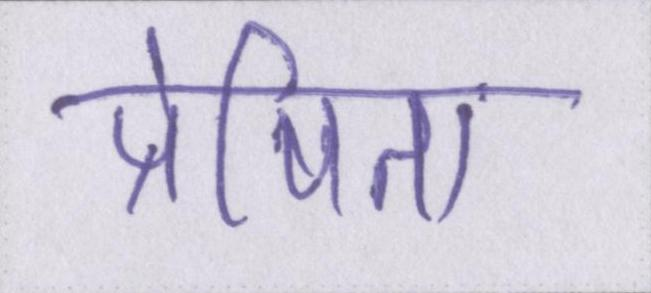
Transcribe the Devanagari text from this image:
प्रेषित